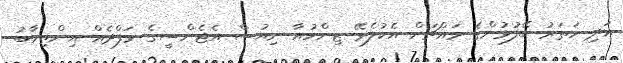
އަދި ހަތަރު ބޭފުޅުންގެ މައްޗަށް އެކުލެވޭ ޒިންހުއާ ނިއުސް އެޖެންސީގެ ވަފްދެއް އިންތިހާބު